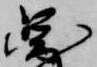
図